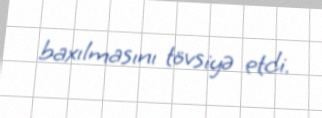
baxılmasını tövsiyə etdi.